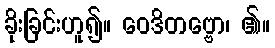
ခိုးခြင်းဟူ၍။ ဝေဒိတဗ္ဗော၊ ၏။